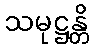
သမုဋ္ဌန္တိ